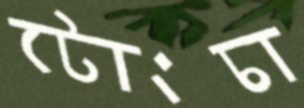
টোংচা